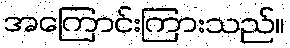
အကြောင်းကြားသည်။